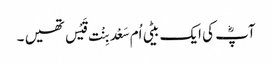
آپؓ کی ایک بیٹی اُم سَعْد بِنْت قَیْس تھیں ۔